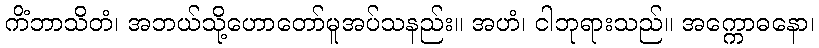
ကိံဘာသိတံ၊ အဘယ်သို့ဟောတော်မူအပ်သနည်း။ အဟံ၊ ငါဘုရားသည်။ အက္ကောဓနော၊